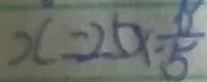
x = 2 5 x - \frac { 8 } { 5 }